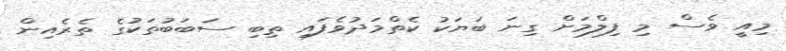
މިއީ ވެސް މި ފިލްމަށް ގިނަ ބަޔަކު ކެތްމަދުވެފައި ތިބި ސަބަބުތަކުގެ ތެރެއިން